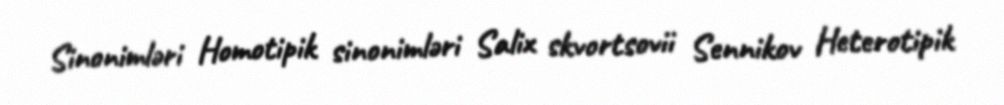
Sinonimləri Homotipik sinonimləri Salix skvortsovii Sennikov Heterotipik